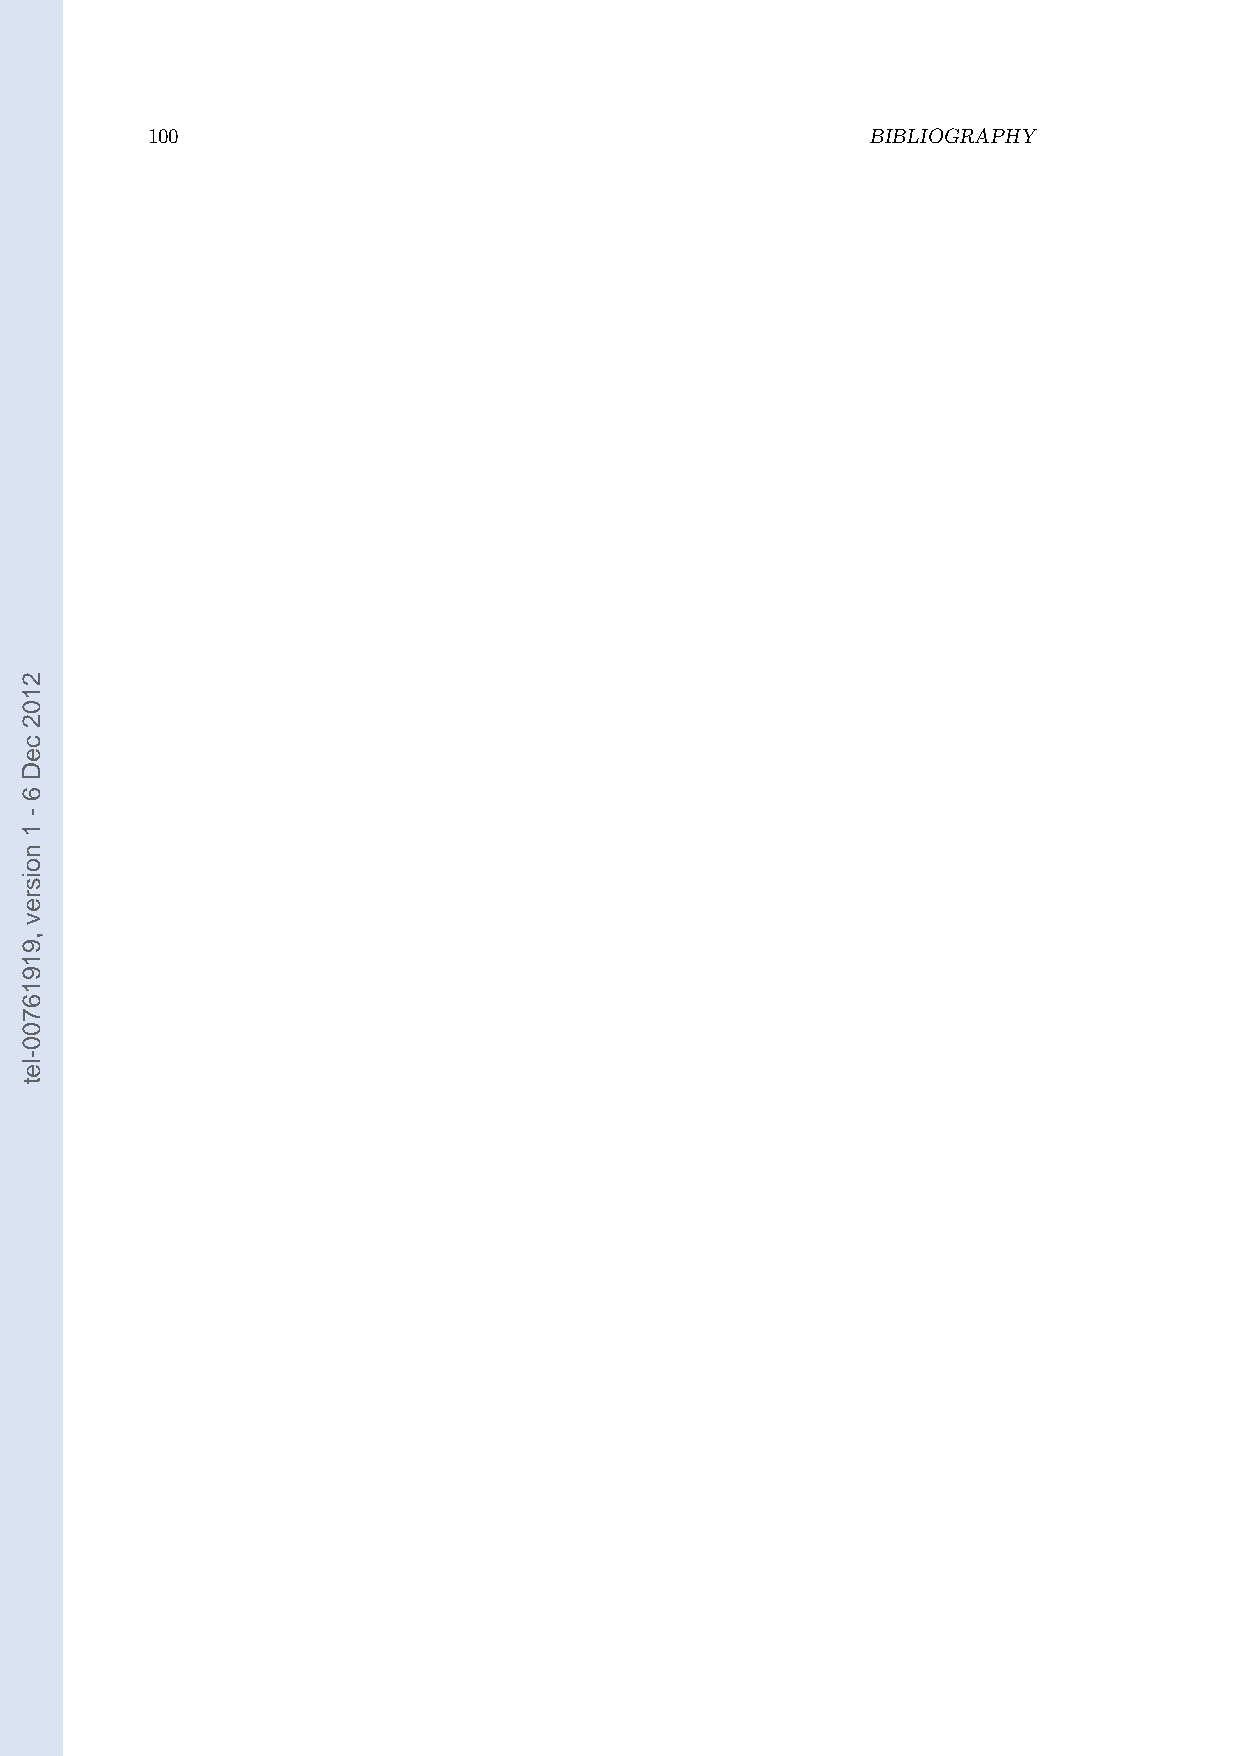
100                                             BIBLIOGRAPHY
 2102
 ceD
 6
 -
 1
 noisrev
 ,91916700-let